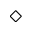
\diamond